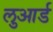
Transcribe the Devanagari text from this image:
लुआर्ड